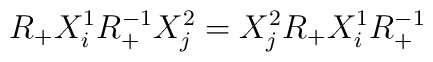
R_{+}X_{i}^{1}R_{+}^{-1}X_{j}^{2}=X_{j}^{2}R_{+}X_{i}^{1}R_{+}^{-1}